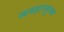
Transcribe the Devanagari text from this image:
व्यवहारमूलक